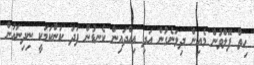
ހިތް ފޭލްވުން މެއިން ދިލަނެގުން އަދި އިއްދައިން ކެނޑުން ފަދަ ކަންކަމަކީ ނިދިނައުން